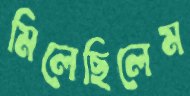
মিলেছিলেম